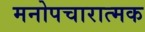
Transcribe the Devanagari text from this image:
मनोपचारात्मक